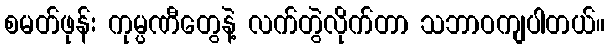
စမတ်ဖုန်း ကုမ္ပဏီတွေနဲ့ လက်တွဲလိုက်တာ သဘာဝကျပါတယ်။